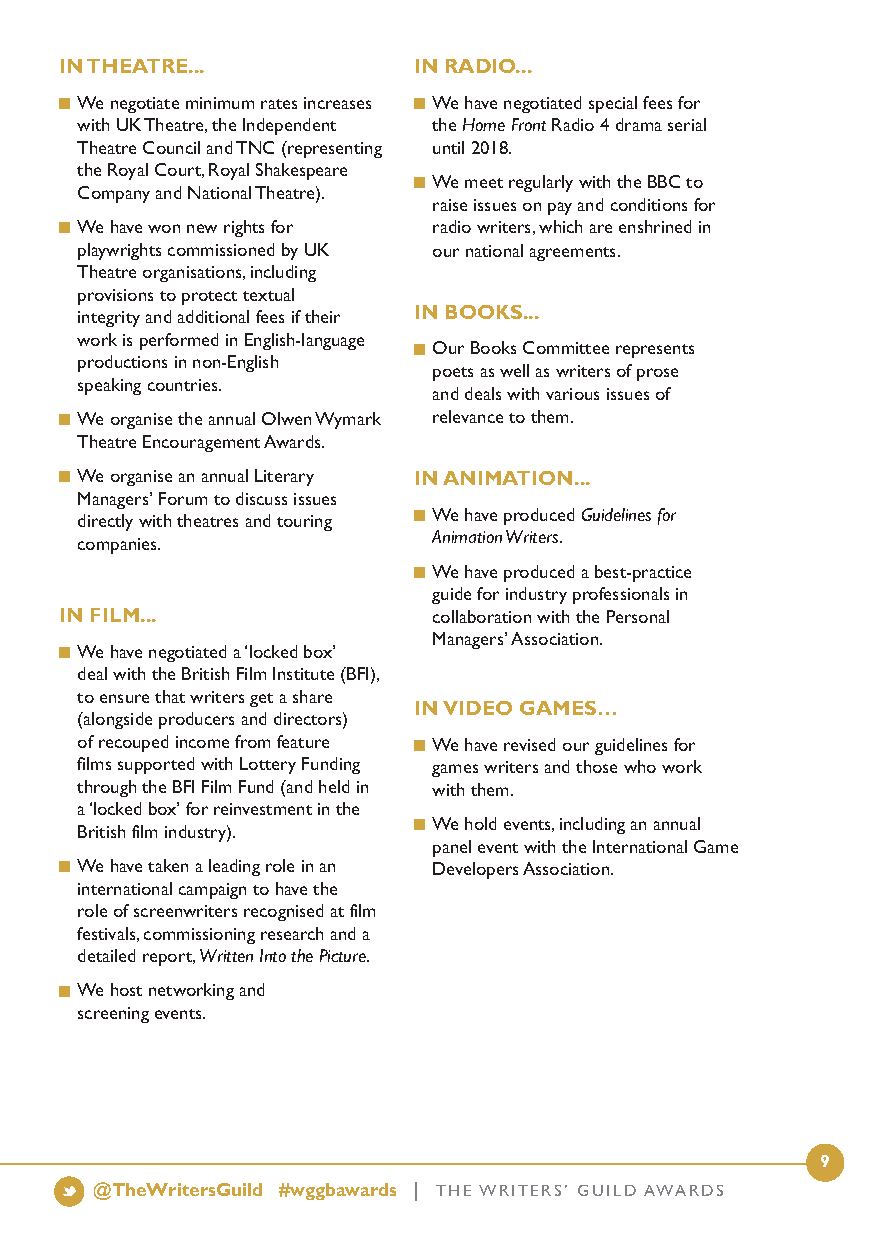
IN THEATRE...          IN RADIO...
 We negotiate minimum rates increases We have negotiated special fees for
 with UK Theatre, the Independent the Home FrontRadio 4 drama serial
 Theatre Council and TNC (representing until 2018.
 the Royal Court, Royal Shakespeare
 We meet regularly with the BBC to
 Company and National Theatre).
 raise issues on pay and conditions for
 We have won new rights for radio writers, which are enshrined in
 playwrights commissioned by UK our national agreements.
 Theatre organisations, including
 provisions to protect textual
 integrity and additional fees if their IN BOOKS...
 work is performed in English-language
 Our Books Committee represents
 productions in non-English
 poets as well as writers of prose
 speaking countries.
 and deals with various issues of
 We organise the annual Olwen Wymark relevance to them.
 Theatre Encouragement Awards.
 We organise an annual Literary INANIMATION...
 Managers’ Forum to discuss issues
 We have produced Guidelines for
 directly with theatres and touring
 Animation Writers.
 companies.
 We have produced a best-practice
 guide for industry professionals in
 IN FILM...               collaboration with the Personal
 Managers’ Association.
 We have negotiated a ‘locked box’
 deal with the British Film Institute (BFI),
 to ensure that writers get a share
 INVIDEO GAMES…
 (alongside producers and directors)
 of recouped income from feature We have revised our guidelines for
 films supported with Lottery Funding games writers and those who work
 through the BFI Film Fund (and held in with them.
 a ‘locked box’ for reinvestment in the
 We hold events, including an annual
 British film industry).
 panel event with the International Game
 We have taken a leading role in an Developers Association.
 international campaign to have the
 role of screenwriters recognised at film
 festivals, commissioning research and a
 detailed report, Written Into the Picture.
 We host networking and
 screening events.
 9
 @TheWritersGuild #wggbawards | THE WRITERS’ GUILD AWARDS